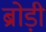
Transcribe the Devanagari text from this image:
ब्रोड़ी